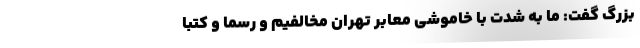
بزرگ گفت: ما به شدت با خاموشی معابر تهران مخالفیم و رسماً و کتباً